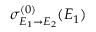
\sigma _ { E _ { 1 } \rightarrow E _ { 2 } } ^ { ( 0 ) } ( E _ { 1 } )